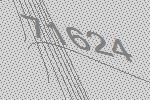
71624